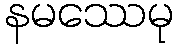
နမဿေမု